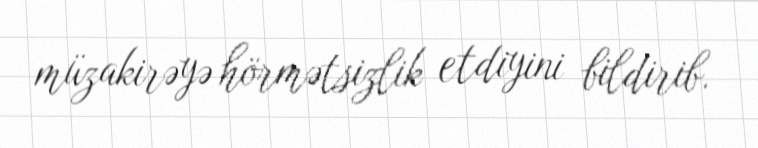
müzakirəyə hörmətsizlik etdiyini bildirib.